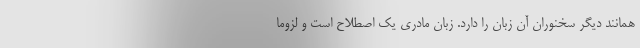
همانند دیگر سخنوران آن زبان را دارد. زبان مادری یک اصطلاح است و لزوماً